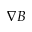
\nabla B